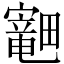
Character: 𪽣